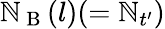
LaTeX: \mathbb{N}_{\mathrm{{~B~}}}(l)(=\mathbb{N}_{t^{\prime}})